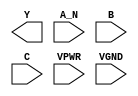
module sky130_fd_sc_hs__nand3b (
    Y   ,
    A_N ,
    B   ,
    C   ,
    VPWR,
    VGND
);

    output Y   ;
    input  A_N ;
    input  B   ;
    input  C   ;
    input  VPWR;
    input  VGND;
endmodule